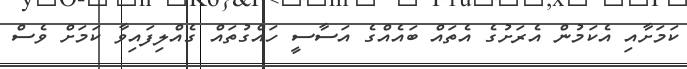
ކަމަށާއި އެކަމުން އެރަށުގެ އެތައް ބައެއްގެ އަސާސީ ހައްގުތައް ގެއްލިފައިވާ ކަމަށް ވެސް